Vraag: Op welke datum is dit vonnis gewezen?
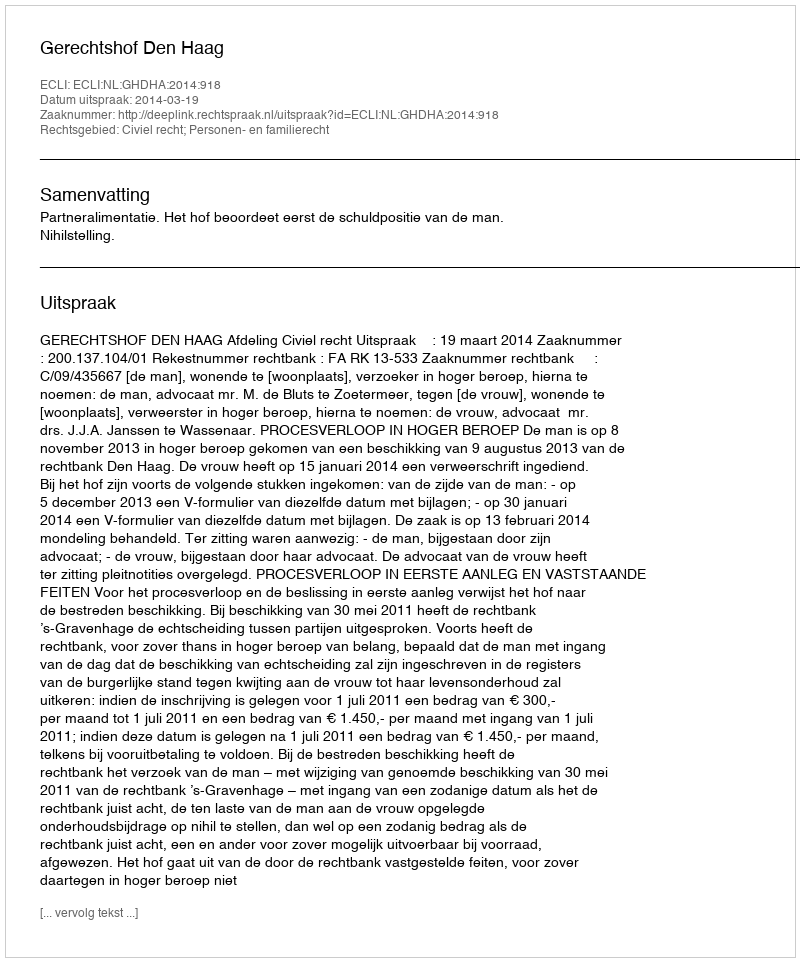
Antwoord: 2014-03-19